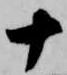
十